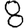
Digit: 8